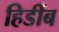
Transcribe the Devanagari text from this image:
हिडींब